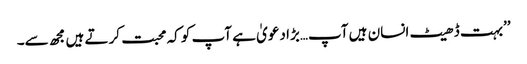
’’بہت ڈھیٹ انسان ہیں آپ…بڑا دعویٰ ہے آپ کو کہ محبت کرتے ہیں مجھ سے۔